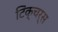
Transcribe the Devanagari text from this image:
टिंक्चर्स